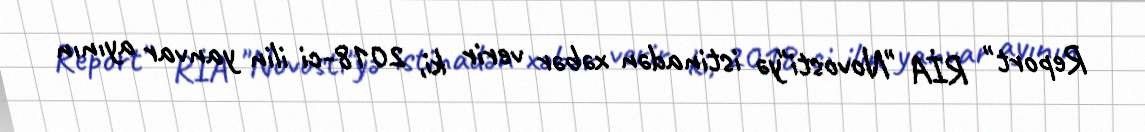
Report" RİA "Novosti"yə istinadən xəbər verir ki, 2018-ci ilin yanvar ayının